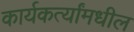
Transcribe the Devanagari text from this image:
कार्यकर्त्यांमधील